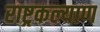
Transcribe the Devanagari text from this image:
राष्ट्रकल्याण